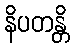
နိပတန္တိ